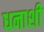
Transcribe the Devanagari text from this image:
धनाशी